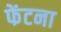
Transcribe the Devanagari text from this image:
फेंटना